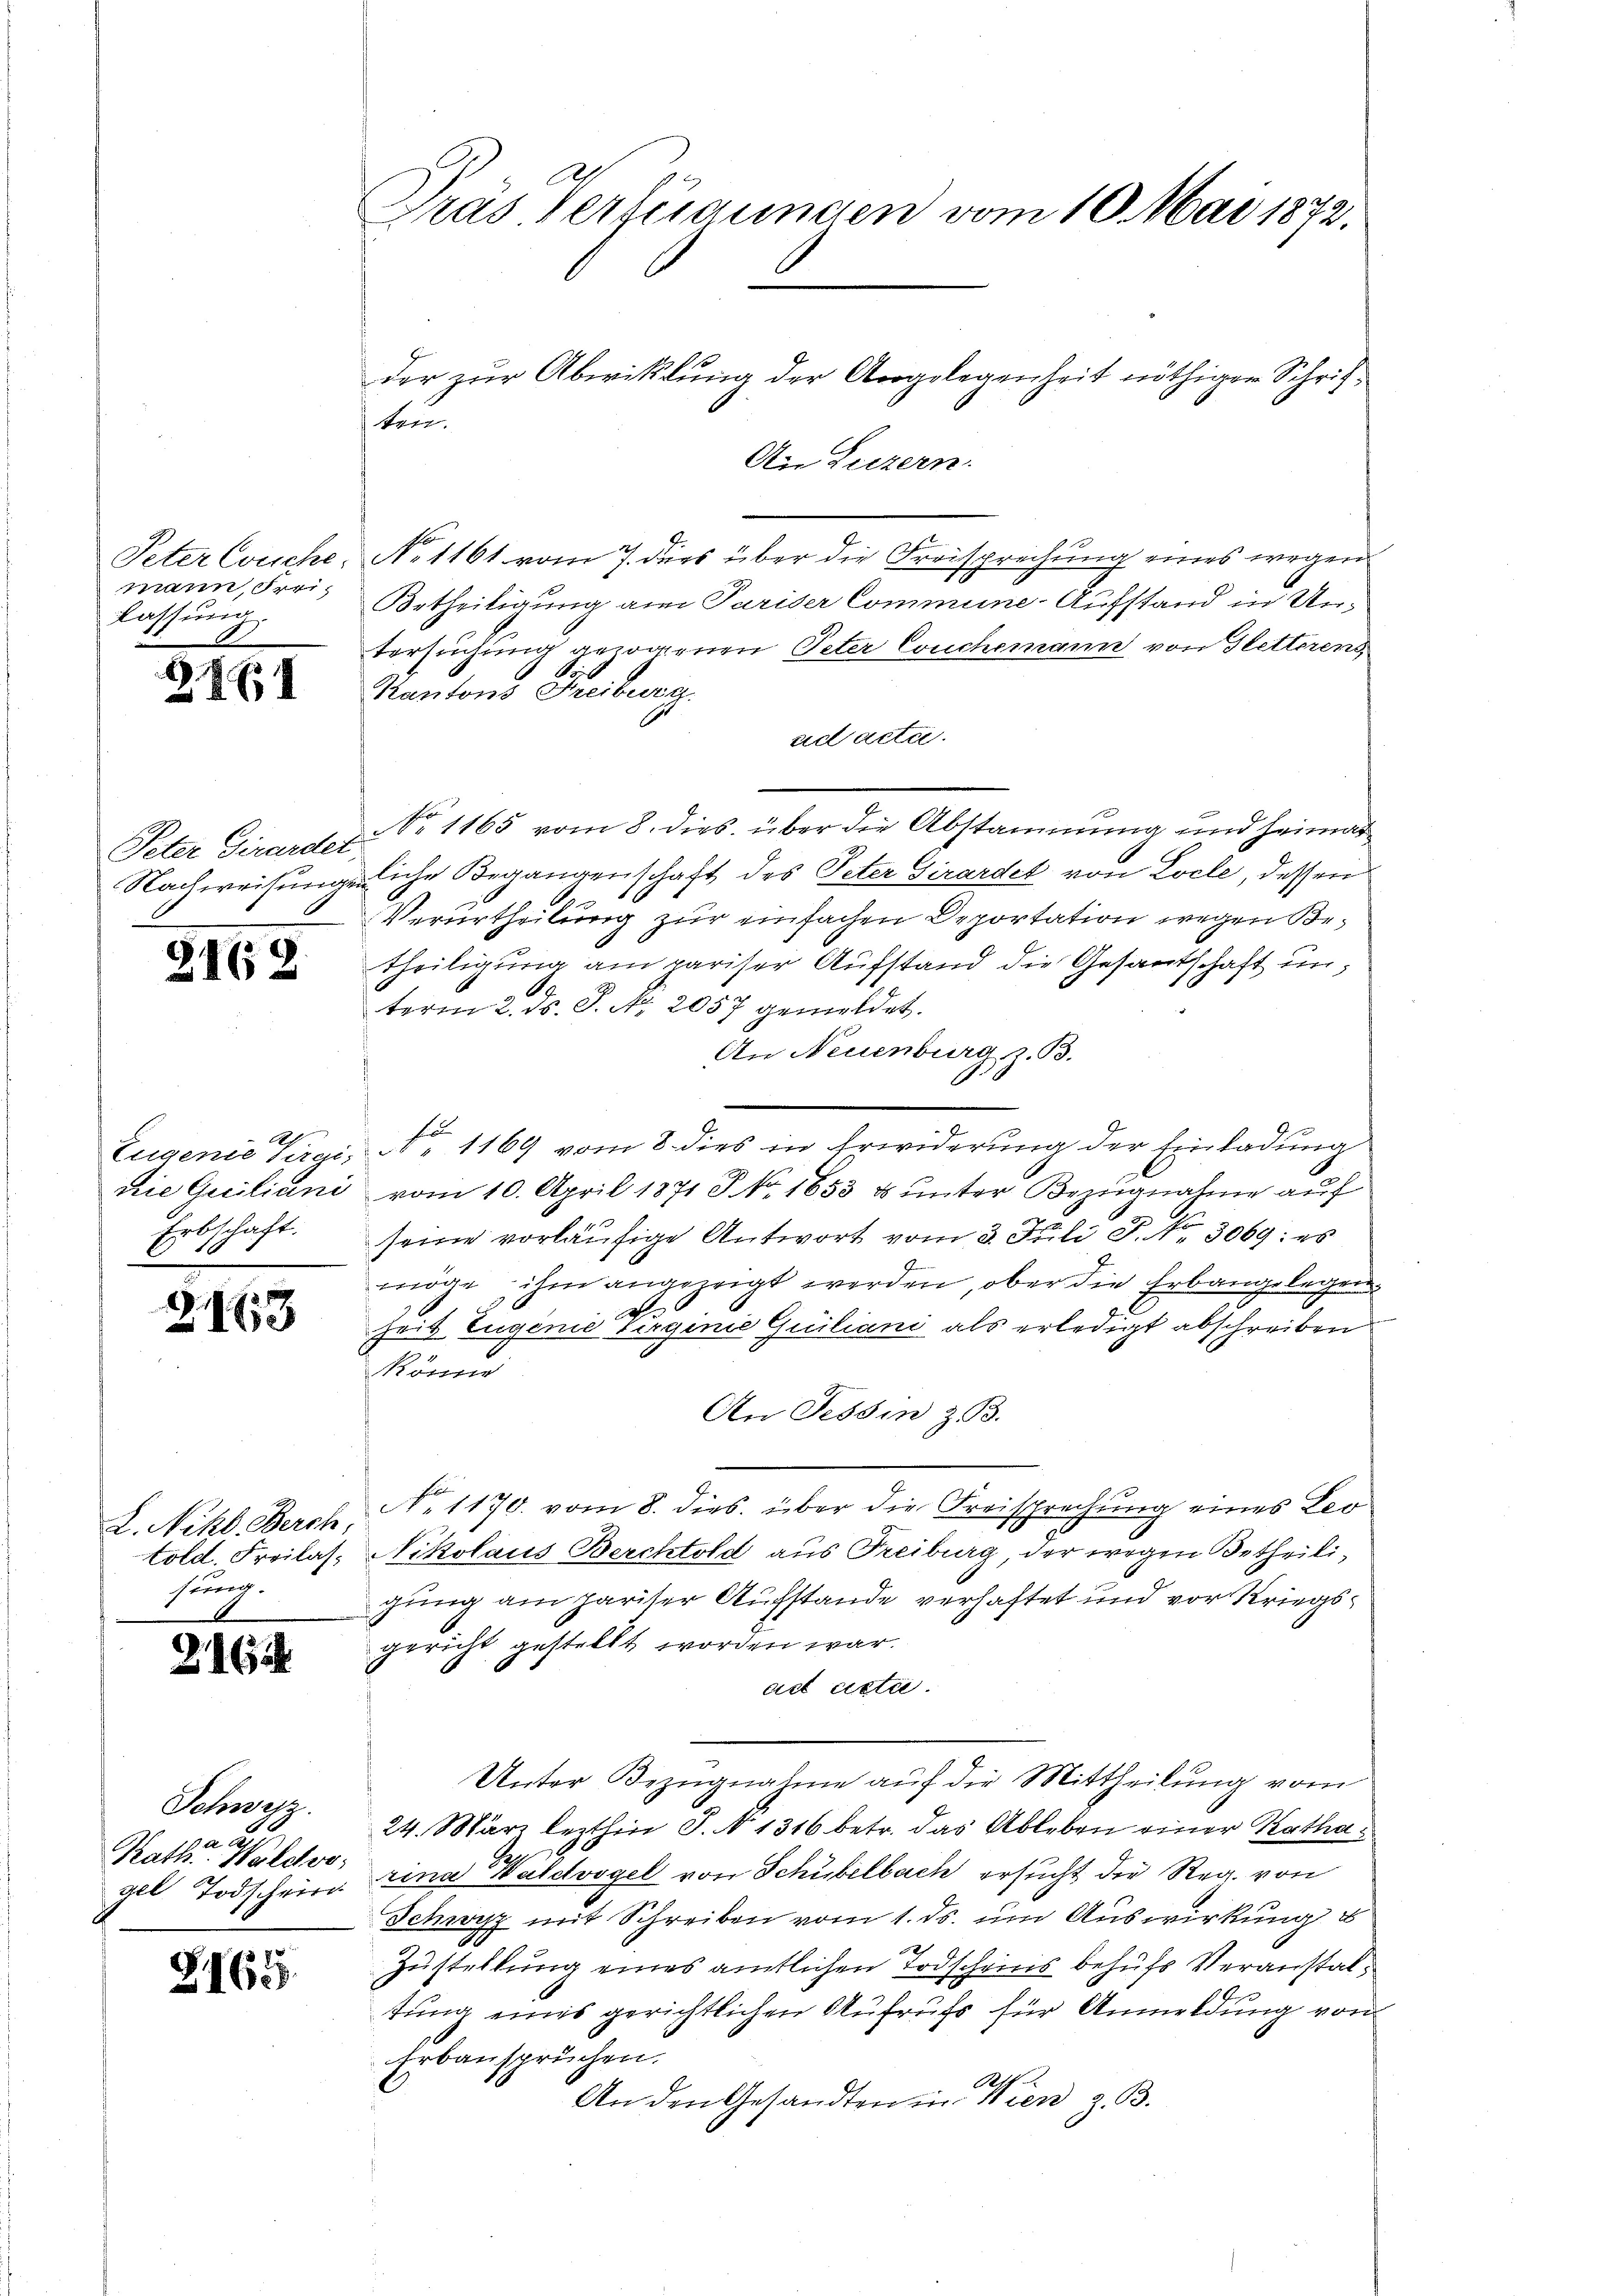
mann, Freilassung.

28

Peter Girardet

A
Erbschaft.
1

Dras Verfügungen vom 10. Mai 1872.
der zur Abwicklung der Angelegenheit nöthiger Schrif¬

Ain Luzern.
Peter Couche, No 1161 vom 7. dies über die Freisprechung eines wegen
Urtheiligung am Pariser Commune-Aufstand in Untersuchung gezogenen Peter Couchemann von Gletterens
Kantons Treiburg
ad acte.
No 1165 vom 8. dies über die Abstammung und Heimat
Nachweisungenliche Begangenschaft des Peter Girardel von Locle, dessen
Verurtheilung zur einfachen Deportation wegen Bed. theiligŭng am pariser Aŭfstand die Gesamtschaft ŭn-
term 2. ds. S. Nr. 2057 gemeldet.
An Neuenburg, z. B.
x
Eugenie Tirgi, No 1169 vom 8. dies in Erwiderung der Einladung
rie Quiliani vom 10. April 1871 Fr. 1653 & unter Bezugnahme auf
seine vorläufige Antwort vom 3. Juli P. Nr. 3069: es
möge ihm angezeigt werden, ober die Erbangelegen¬
2163
heit Eugene Virginie Guiliani als erledigt abschreiben
könne
An Tessin z. B.
No 1170. vom 8. dies. über die Freisprechung eines Leo
L. Nikl. Berch,
told. Freilas. Nikolaus Berchtold aus Freiburg, der wegen Betheilisung.
gung am pariser Aufstande verhaftet und vor Kriegsgericht gestellt worden war.
6
act actie.
Unter Bezugnahme auf die Mittheilung vom
Schwyz.
24. März lezthin S. 1316 betr. das Ableben einer Katha¬
Se
Rath Waldvo
gel Todschein rina Waldvogel von Schübelbach ersucht die Reg. von
Schwyz mit Schreiben vom 1. ds. um Auswirkung u
Zustellung eines amtlichen Todscheins behufs Veranstal¬
2165.
tung eines gerichtlichen Aufrufs für Anmeldung von
Erbanspruchen.
An den Gesandten in Wien z. B.

ten.